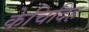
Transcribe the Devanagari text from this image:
केचिदिह